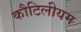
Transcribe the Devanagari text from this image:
कौटिलीयम